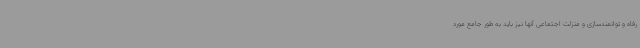
رفاه و توانمندسازی و منزلت اجتماعی آنها نیز باید به طور جامع مورد